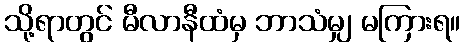
သို့ရာတွင် မီလာနီထံမှ ဘာသံမျှ မကြားရ။